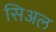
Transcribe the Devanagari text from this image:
सिअल